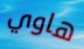
هاوي